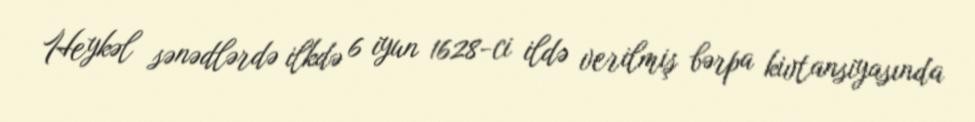
Heykəl sənədlərdə ilkdə 6 iyun 1628-ci ildə verilmiş bərpa kivtansiyasında